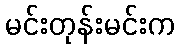
မင်းတုန်းမင်းက